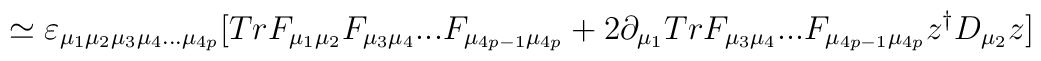
\simeq \varepsilon_{\mu_{1}\mu_{2}\mu_{3}\mu_{4}...\mu_{4p}}[TrF_{\mu_{1}\mu_{2}}F_{\mu_{3}\mu_{4}}...F_{\mu_{4p-1}\mu_{4p}}+2\partial_{\mu_{1}}TrF_{\mu_{3}\mu_{4}}...F_{\mu_{4p-1}\mu_{4p}}z^{\dagger}D_{\mu_{2}}z]